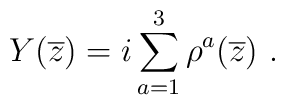
Y (\overline{z}) = i \sum_{a=1}^{3} \rho^{a}(\overline{z})~.